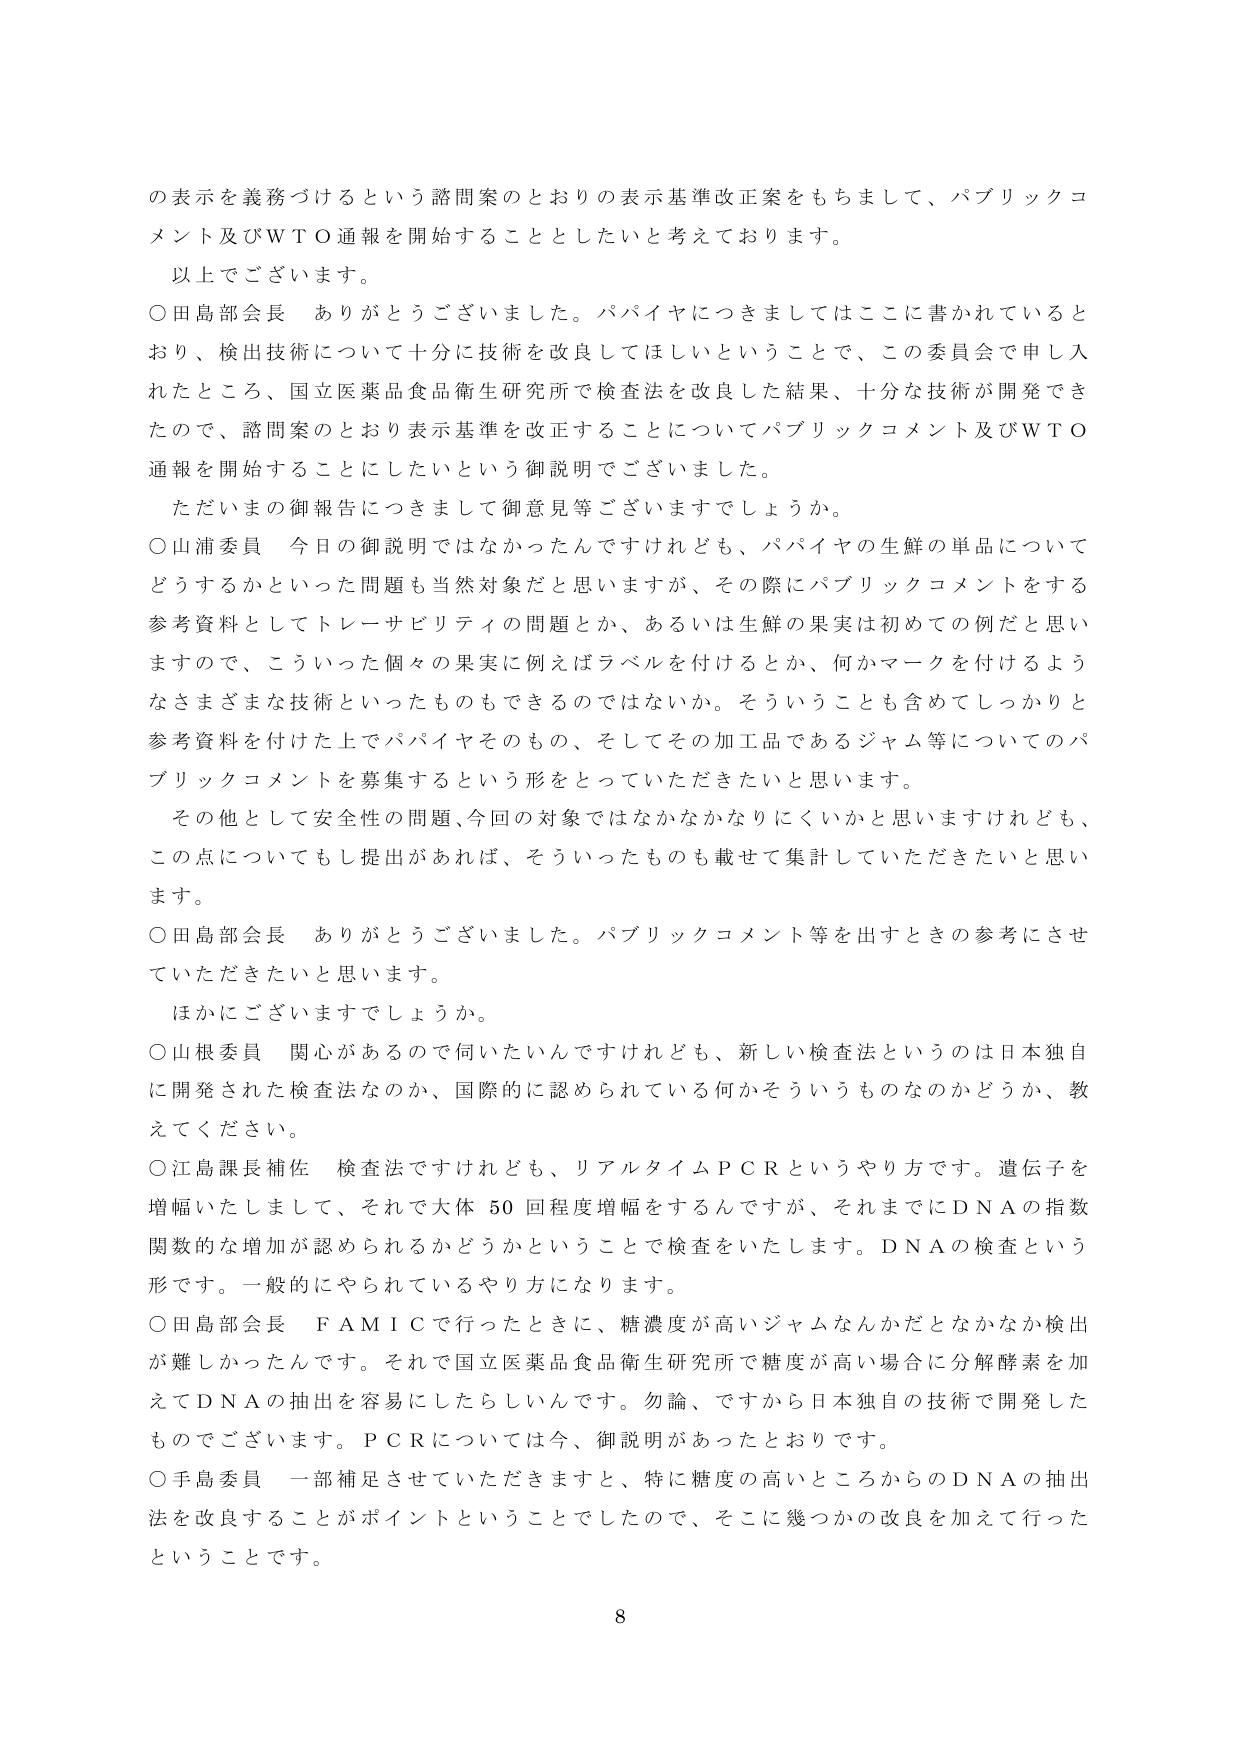
の表示を義務づけるという諮問案のとおりの表示基準改正案をもちまして、パブリックコメント及びＷＴＯ通報を開始することとしたいと考えております。

以上でございます。

○田島部会長　ありがとうございました。パパイヤにつきましてはここに書かれているとおり、検出技術について十分に技術を改良してほしいということで、この委員会で申し入れたところ、国立医薬品食品衛生研究所で検査法を改良した結果、十分な技術が開発できたので、諮問案のとおり表示基準を改正することについてパブリックコメント及びＷＴＯ通報を開始することにしたいという御説明でございました。

ただいまの御報告につきまして御意見等ございますでしょうか。

○山浦委員　今日の御説明ではなかったんですけれども、パパイヤの生鮮の単品についてどうするかといった問題も当然対象だと思いますが、その際にパブリックコメントをする参考資料としてトレーサビリティの問題とか、あるいは生鮮の果実は初めての例だと思いますので、こういった個々の果実に例えばラベルを付けるとか、何かマークを付けるようなさまざまな技術といったものもできるのではないか。そういうことも含めてしっかりと参考資料を付けた上でパパイヤそのもの、そしてその加工品であるジャム等についてのパブリックコメントを募集するという形をとっていただきたいと思います。

その他として安全性の問題、今回の対象ではなかなかなりにくいかと思いますけれども、この点についてもし提出があれば、そういったものも載せて集計していただきたいと思います。

○田島部会長　ありがとうございました。パブリックコメント等を出すときの参考にさせていただきたいと思います。

ほかにございますでしょうか。

○山根委員　関心があるので伺いたいんですけれども、新しい検査法というのは日本独自に開発された検査法なのか、国際的に認められている何かそういうものなのかどうか、教えてください。

○江島課長補佐　検査法ですけれども、リアルタイムＰＣＲというやり方です。遺伝子を増幅いたしまして、それで大体50回程度増幅をするんですが、それまでにＤＮＡの指数関数的な増加が認められるかどうかということで検査をいたします。ＤＮＡの検査という形です。一般的にやられているやり方になります。

○田島部会長　ＦＡＭＩＣで行ったときに、糖濃度が高いジャムなんかだとなかなか検出が難しかったんです。それで国立医薬品食品衛生研究所で糖度が高い場合に分解酵素を加えてＤＮＡの抽出を容易にしたらしいんです。勿論、ですから日本独自の技術で開発したものでございます。ＰＣＲについては今、御説明があったとおりです。

○手島委員　一部補足させていただきますと、特に糖度の高いところからのＤＮＡの抽出法を改良することがポイントということでしたので、そこに幾つかの改良を加えて行ったということです。

8